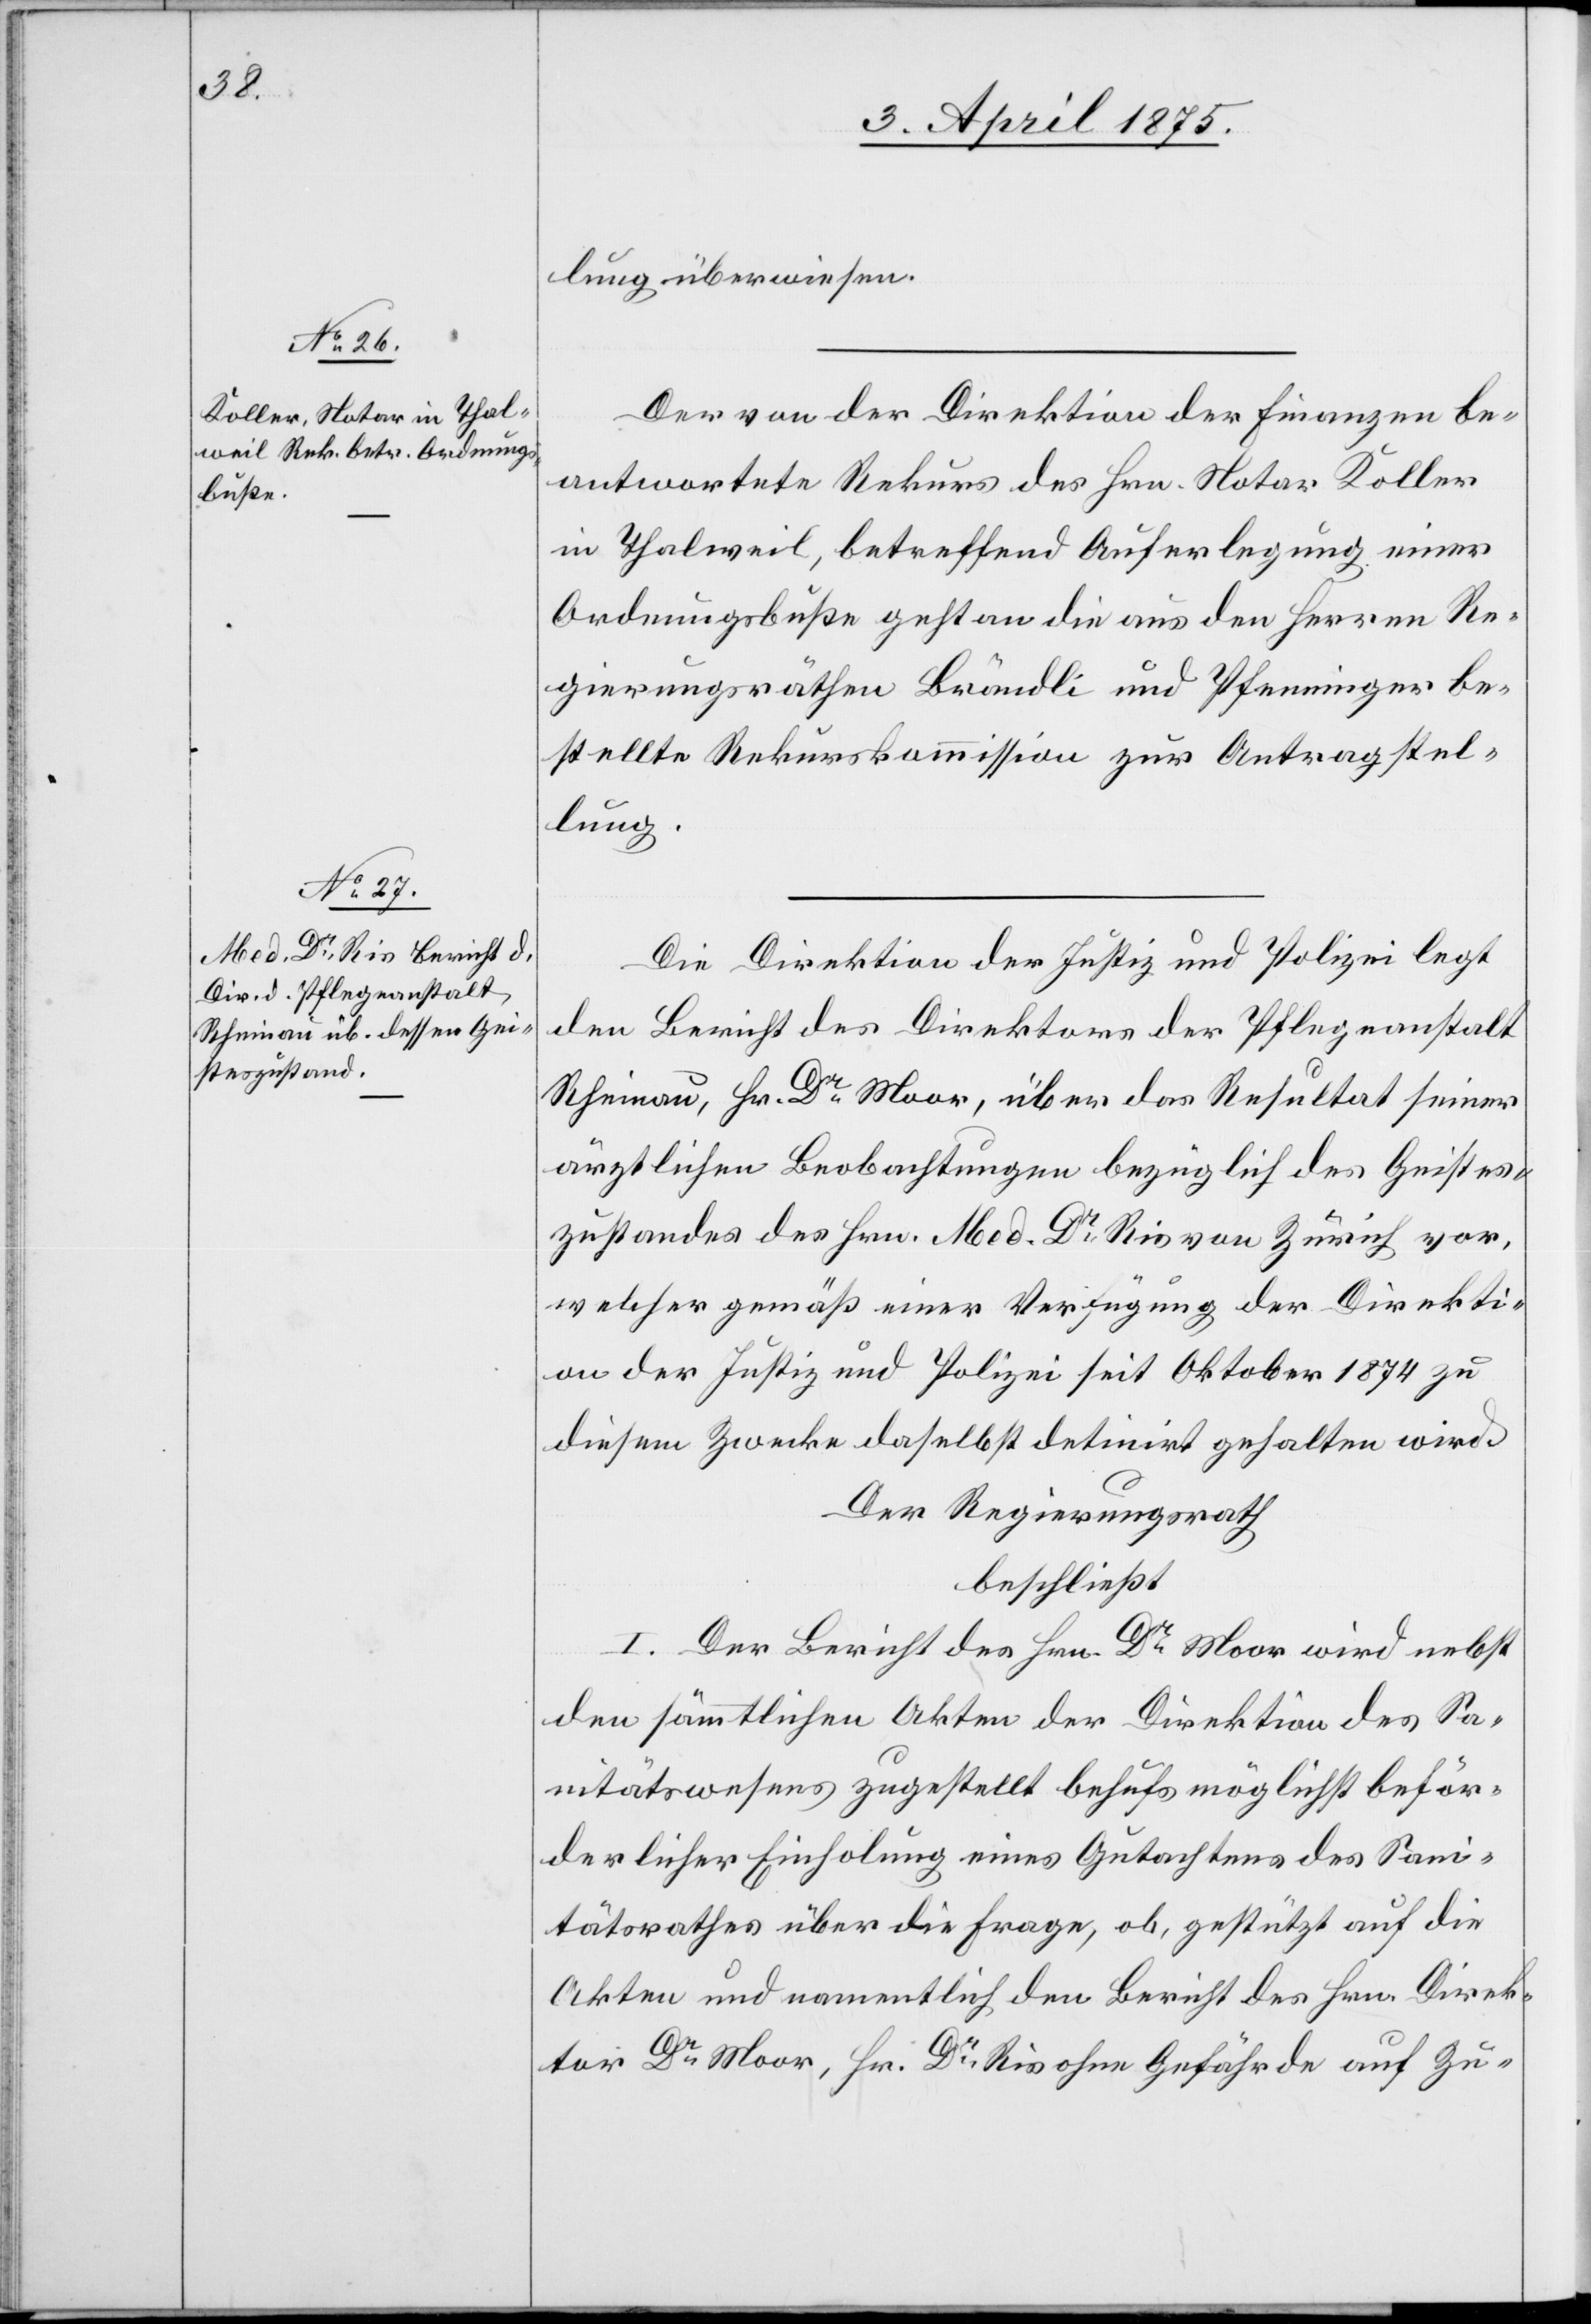
lung überwiesen.
Der von der Direktion der Finanzen be¬
antwortete Rekurs des Hrn. Notar Koller
in Thalweil, betreffend Auferlegung einer
Ordnungsbuße geht an die aus den Herren Re¬
gierungsräthen Brändli und Pfenninger be¬
stellte Rekurskommission zur Antragstel¬
lung.
Die Direktion der Justiz und Polizei legt
den Bericht des Direktors der Pflegeanstalt
Rheinau, Hr. Dr Moor, über das Resultat seiner
ärztlichen Beobachtungen bezüglich des Geistes¬
zustandes des Hrn. Med. Dr Ris von Zürich vor,
welcher gemäß einer Verfügung der Direkti¬
on der Justiz und Polizei seit Oktober 1874 zu
diesem Zwecke daselbst detinirt gehalten wird.
Der Regierungsrath
beschließt:
I. Der Bericht des Hrn. Dr Moor wird nebst
den sämmtlichen Akten der Direktion des Sa¬
nitätswesens zugestellt behufs möglichst beför¬
derlicher Einholung eines Gutachtens über die
Akten und namentlich den Bericht des Hrn. Direk¬
tor Dr Moor, Hr. Dr Ris ohne Gefährde auf Zu-